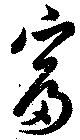
富